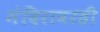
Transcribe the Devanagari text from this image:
मंदिरावरही